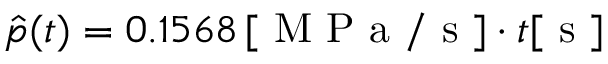
\hat { p } ( t ) = 0 . 1 5 6 8 \, [ \mathrm { ~ M ~ P ~ a ~ / ~ s ~ } ] \cdot t [ \mathrm { ~ s ~ } ]